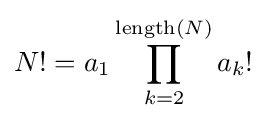
N!=a_{1}\prod _{k=2}^{\operatorname {length} (N)}a_{k}!